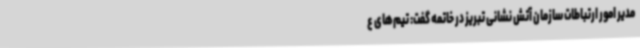
مدیر امور ارتباطات سازمان آتش نشانی تبریز در خاتمه گفت: تیم‌های ع